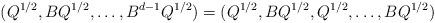
LaTeX: \begin{align*}(Q^{1/2},BQ^{1/2},\dots,B^{d-1}Q^{1/2})=(Q^{1/2},BQ^{1/2},Q^{1/2},\dots,BQ^{1/2})\end{align*}